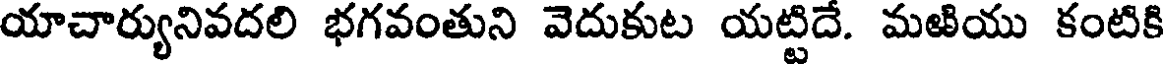
యాచార్యునివదలి భగవంతుని వెదుకుట యట్టిదే. మఱియు కంటికి